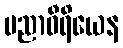
ပညာဝီရိယေန